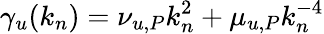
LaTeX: \gamma_{u}(k_{n})=\nu_{u,P}k_{n}^{2}+\mu_{u,P}k_{n}^{-4}